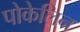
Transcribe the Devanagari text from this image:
पोकेलिन